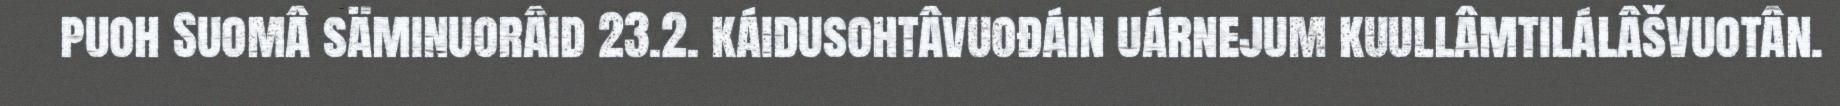
puoh Suomâ säminuorâid 23.2. káidusohtâvuođáin uárnejum kuullâmtilálâšvuotân.